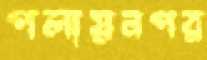
পলায়নপর